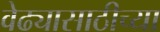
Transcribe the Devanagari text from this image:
वेढ्यासाठीच्या